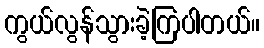
ကွယ်လွန်သွားခဲ့ကြပါတယ်။